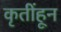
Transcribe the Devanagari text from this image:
कृतींहून